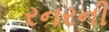
રનરની